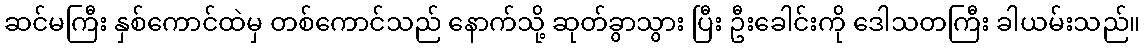
ဆင်မကြီး နှစ်ကောင်ထဲမှ တစ်ကောင်သည် နောက်သို့ ဆုတ်ခွာသွား ပြီး ဦးခေါင်းကို ဒေါသတကြီး ခါယမ်းသည်။